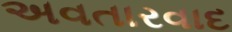
અવતારવાદ